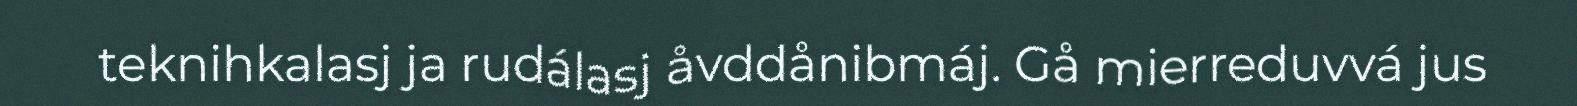
teknihkalasj ja rudálasj åvddånibmáj. Gå mierreduvvá jus